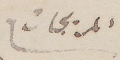
المريجات